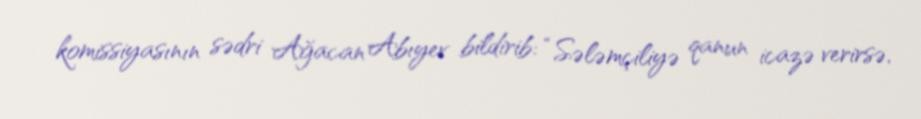
komissiyasının sədri Ağacan Abıyev bildirib: “Sələmçiliyə qanun icazə verirsə,